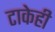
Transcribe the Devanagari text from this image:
टाकेही